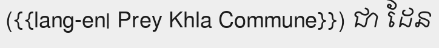
({{lang-en| Prey Khla Commune}}) ជា ដែន